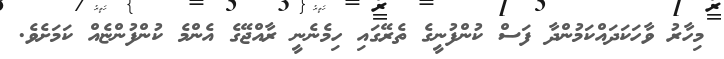
މިހާރު ވާހަކަދައްކަމުންދާ ފަސް ކުންފުނީގެ ތެރޭގައި ހިމެނެނީ ރާއްޖޭގެ އެންމެ ކުންފުންޏެއް ކަމަށެވެ.